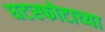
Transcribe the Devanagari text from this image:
घटस्फोटाच्या